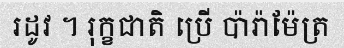
រដូវ ។ រុក្ខជាតិ ប្រើ ប៉ារ៉ាម៉ែត្រ